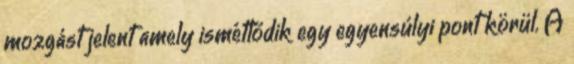
mozgást jelent amely ismétlődik egy egyensúlyi pont körül. A